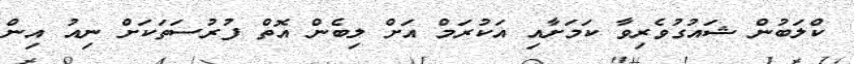
ކްލަބުން ޝައުގުވެރިވާ ކަމަށާއި އަކުރަމް އަށް ލިބެން އޮތް ފުރުސަތަކަށް ނިއު އިން